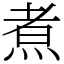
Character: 煮